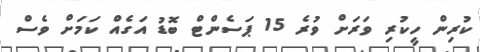
ކުރިން ހީކުރި ވަރަށް ވުރެ 15 ޕަސެންޓް ބޮޑު އަގެއް ކަމަށް ވެސް